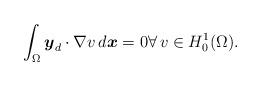
LaTeX: \begin{align*} \int_\Omega \boldsymbol{y}_d \cdot \nabla v \, d\boldsymbol{x} = 0 \forall \, v \in H^1_0(\Omega).\end{align*}